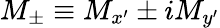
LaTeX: M_{\pm}\equiv M_{x^{\prime}}\pm iM_{y^{\prime}}